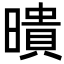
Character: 𭧫